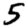
Digit: 5